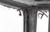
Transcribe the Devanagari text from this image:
गुजरतें